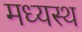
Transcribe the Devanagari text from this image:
मध्‍यस्‍थ